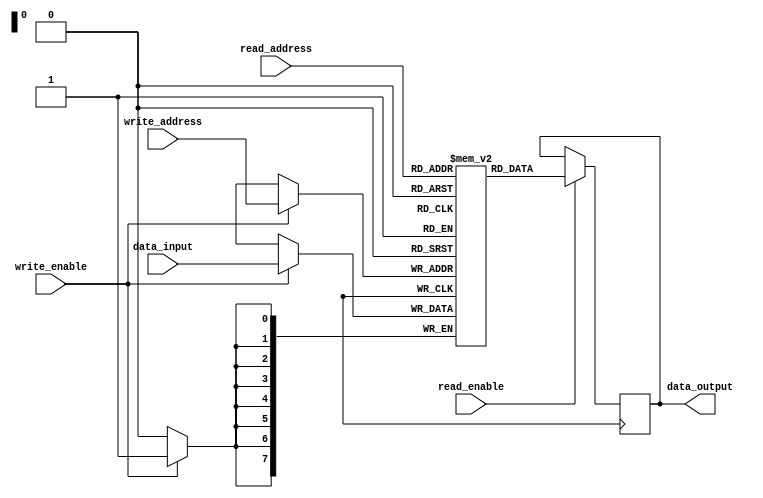
module dual_port_ram (
    input wire [7:0] read_address,
    input wire [7:0] write_address,
    input wire [7:0] data_input,
    input wire write_enable,
    input wire read_enable,
    output reg [7:0] data_output
);

reg [7:0] memory [0:255];

always @(posedge clk) begin
    if (write_enable == 1) begin
        memory[write_address] <= data_input;
    end
    
    if (read_enable == 1) begin
        data_output <= memory[read_address];
    end
end

endmodule